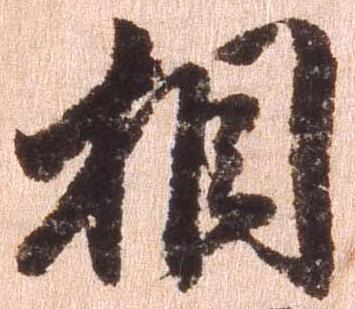
相